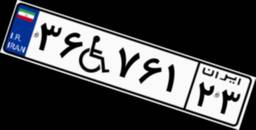
۵۸W۴۴۸۹۱